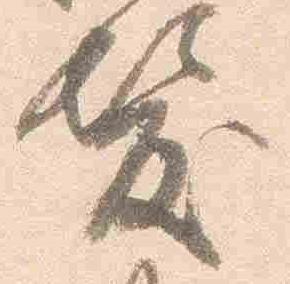
髪